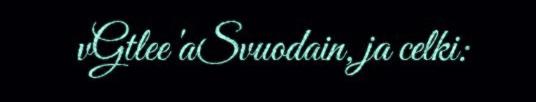
vGtlee 'aSvuodain, ja celki: